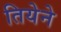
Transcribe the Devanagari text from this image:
तियेने